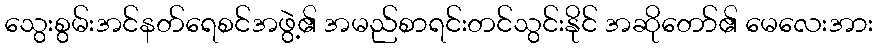
သွေးစွမ်းအင်နတ်ရေစင်အဖွဲ့၏ အမည်စာရင်းတင်သွင်းနိုင် အဆိုတော်၏ မေလေးအား